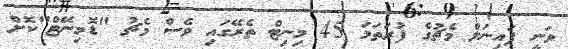
ވަނީ ފައިނަލް މެޗުގެ ފުރަތަމަ 45 މިނިޓް ތެރޭގައި ވެސް މެޗު "ޑޮމިނޭޓް"ކޮށް